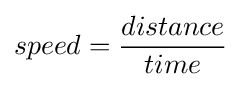
speed={distance \over time}